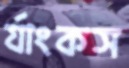
র‍্যাংকস